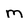
Character: m